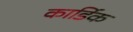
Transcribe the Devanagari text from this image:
कार्डिक